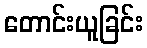
တောင်းယူခြင်း